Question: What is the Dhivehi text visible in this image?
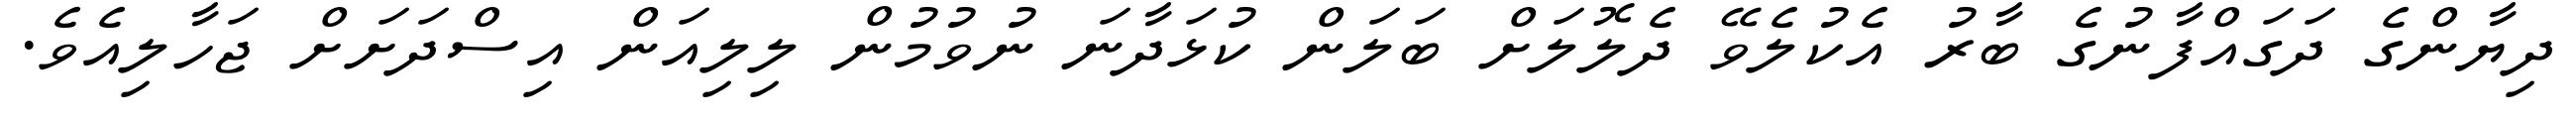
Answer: ދިޔާންގެ ދަގައްފާނުގެ ބާރު އެކުލެވޭ ދެލޮލަށް ބަލަން ކުޅަދާނަ ނުވުމުން ލިލިއަން އިސްދަށަށް ޖަހާލިއެވެ.